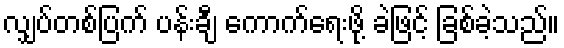
လျှပ်တစ်ပြက် ပန်းချီ ကောက်ရေးဖို့ ခဲဖြင့် ခြစ်ခဲ့သည်။